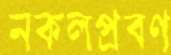
নকলপ্রবণ